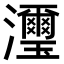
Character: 𤄽